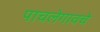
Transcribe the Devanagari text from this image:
पाचलेगावचे